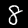
Digit: 8